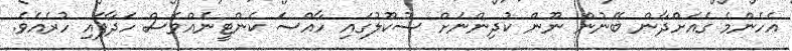
އެހެންމެ ގެއަށްދާން ބޭނުން ނޫން ކުދިންނަށް ސުކޫލުގައި ހާއްސަ ކެންޓީނެއްވެސް ހަދާފައި ހުރެއެވެ.